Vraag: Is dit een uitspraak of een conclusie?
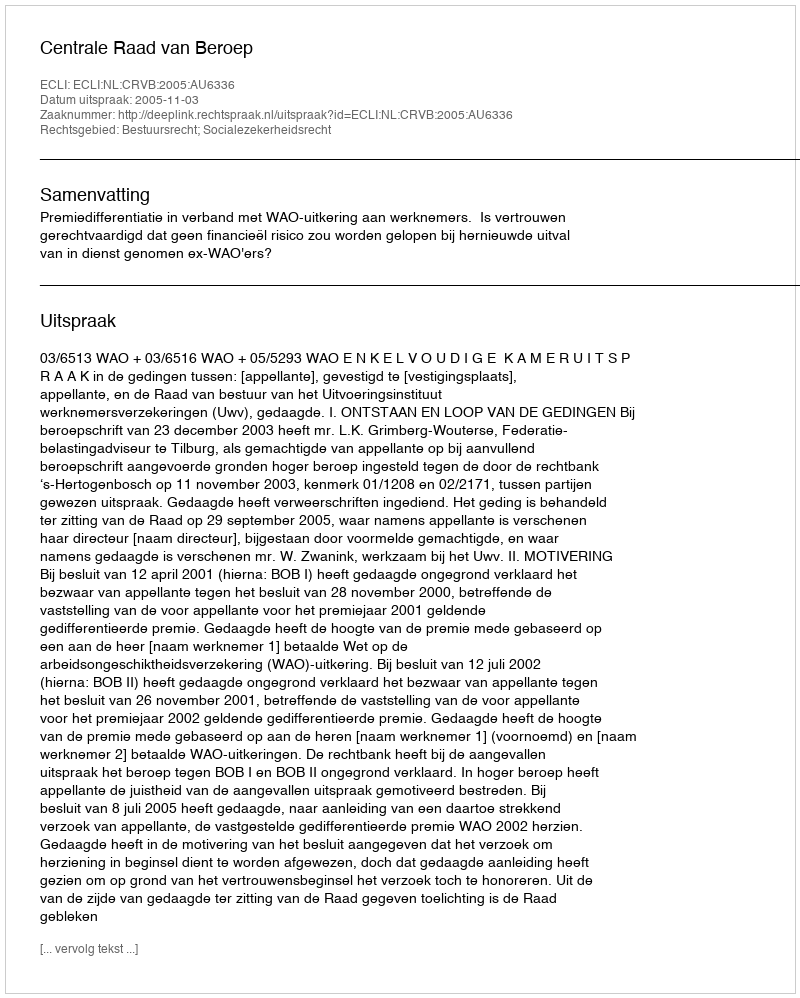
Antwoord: Uitspraak